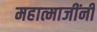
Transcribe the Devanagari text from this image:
महात्माजींनी